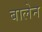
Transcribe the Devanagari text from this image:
बालेन